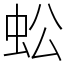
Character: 蚣